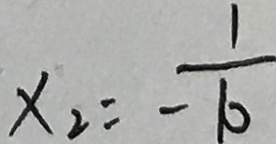
x _ { 2 } = \frac { 1 } { - 1 0 }